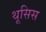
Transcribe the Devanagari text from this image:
थूसिस